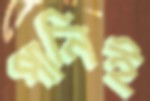
পানিই